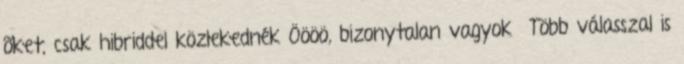
õket, csak hibriddel közlekednék Öööö, bizonytalan vagyok Több válasszal is